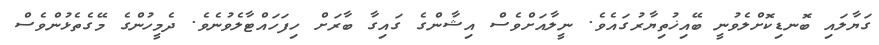
ގަޔާލައި ބޮނޑިކޮށްލެވުނީ ބޭއިޚުތިޔާރުގައެވެ. ނީލާއަށްވެސް އިޝާންގެ ގައިގާ ބާރަށް ހިފަހައްޓާލެވުނެވެ. ދެމީހުންގެ މޭގެތެޅުންވެސް